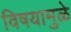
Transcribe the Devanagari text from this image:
विषयामुळे